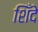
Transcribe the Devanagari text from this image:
शिँदे